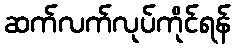
ဆက်လက်လုပ်ကိုင်ရန်